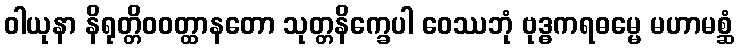
ဝါယုနာ နိရုတ္တိဝဝတ္ထာနတော သုတ္တနိက္ခေပါ ဝေဿဘုံ ဗုဒ္ဓကရဓမ္မေ မဟာမစ္ဆံ